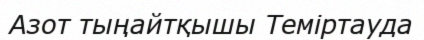
Азот тыңайтқышы Теміртауда